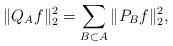
\begin{align*} \|Q_A f\|_2^2 = \sum_{B \subset A} \|P_B f\|_2^2,\end{align*}